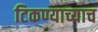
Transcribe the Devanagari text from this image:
टिकण्याच्याच